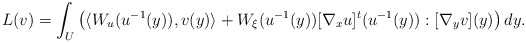
\begin{align*} L(v) = \int_U \left( \langle W_u (u^{-1}(y)), v(y) \rangle + W_\xi (u^{-1}(y)) [\nabla_x u]^t (u^{-1}(y)) : [\nabla_y v] (y) \right) dy.\end{align*}